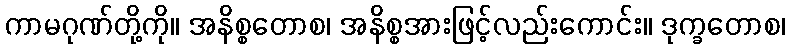
ကာမဂုဏ်တို့ကို။ အနိစ္စတောစ၊ အနိစ္စအားဖြင့်လည်းကောင်း။ ဒုက္ခတောစ၊